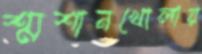
শ্মশানখোলায়